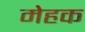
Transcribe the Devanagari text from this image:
मेहक